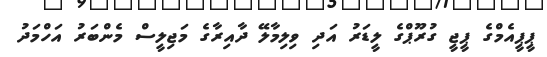
ޕީޕީއެމްގެ ޕީޖީ ގުރޫޕްގެ ލީޑަރު އަދި ވިލިމާލޭ ދާއިރާގެ މަޖިލީސް މެންބަރު އަހްމަދު